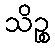
သိဉ္စ